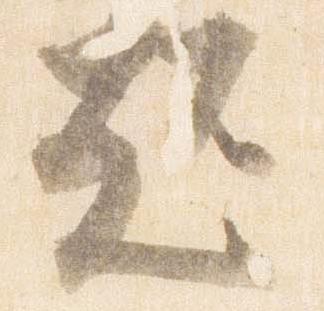
超